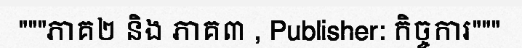
"""ភាគ២ និង ភាគ៣ , Publisher: កិច្ចការ"""